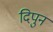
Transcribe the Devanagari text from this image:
दिपुन